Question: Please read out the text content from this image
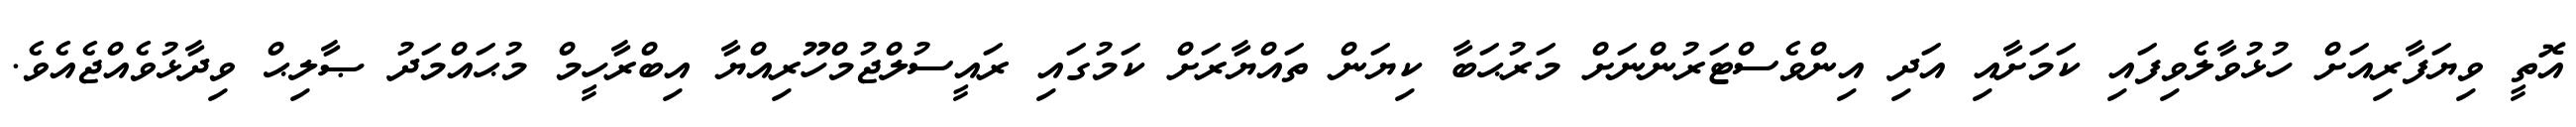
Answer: އޮތީ ވިޔަފާރިއަށް ހުޅުވާލެވިފައި ކަމަށާއި އަދި އިންވެސްޓަރުންނަށް މަރުޙަބާ ކިޔަން ތައްޔާރަށް ކަމުގައި ރައީސުލްޖުމްހޫރިއްޔާ އިބްރާހީމް މުޙައްމަދު ޞާލިޙް ވިދާޅުވެއްޖެއެވެ.